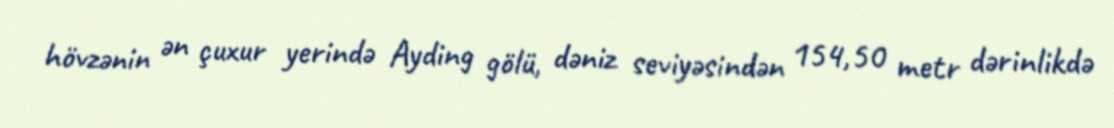
hövzənin ən çuxur yerində Ayding gölü, dəniz seviyəsindən 154,50 metr dərinlikdə